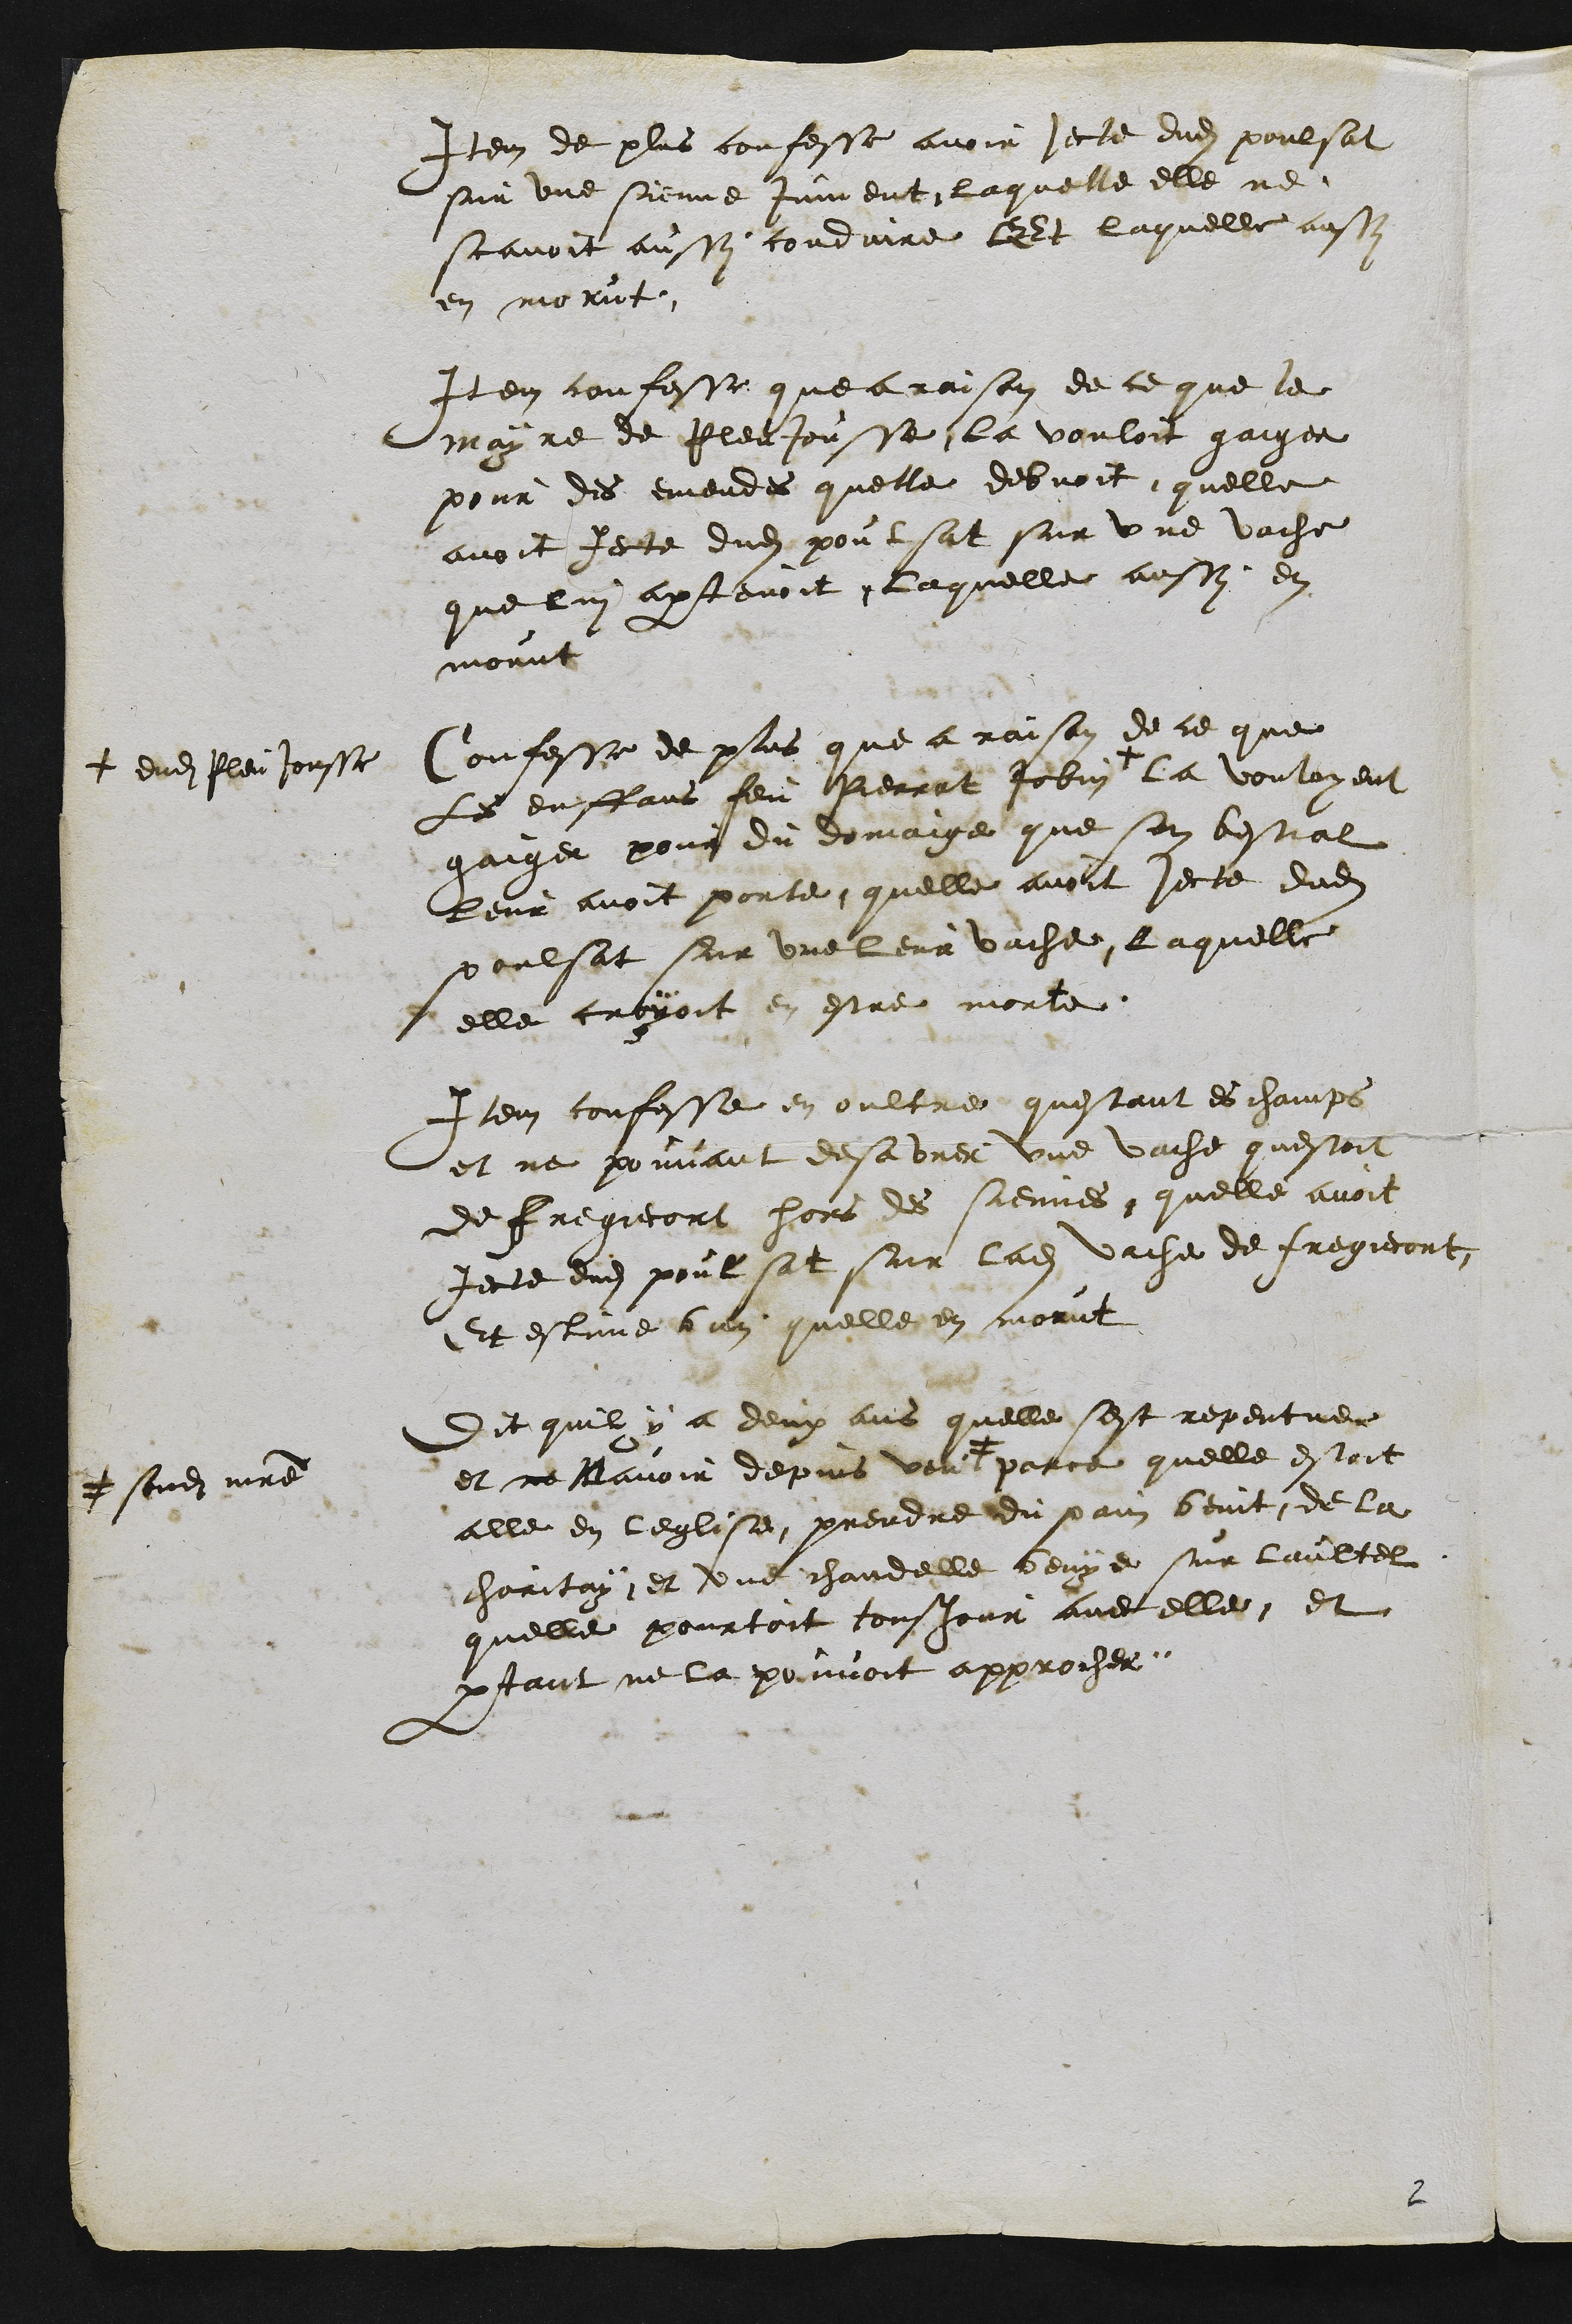
Item de plus confesse avoir jecte dudit poulsat
sur une sieme jument, laquelle elle ne
scavoit aussy conduire Et laquelle aussy
en morut.
Item confesse que a raison de ce que le
mayre de Pleujousse la vouloit gaiger
pour des emendes quelle debvoit quelle
avoit Jecte dudit poulsat sur une vache
que lui apartenoit, Laquelle aussy en
morut
Confesse de plus que a raison de ce que
Les enffans feu Pierrat Jobin +
+ dudit Pleujousse
la vouloyent
gaiger pour du domaige que son bestial
leur avoit porte quelle avoit jecte dudit
poulsat sur une leur vache. Laquelle
elle croyoit en estre morte.
Item confesse en oultre questant es champs
et ne pouvant desavrer une vache questoit
de Fregiecort hors des siennes quelle avoit
jecte dudit poulsat sur ladite vache de Fregiecort
Et estime bien quelle en morut
Dit quil y a deux ans quelle sest repentue
et ne Navoir depuis veut #
# sondit maitre
parce quelle estoit
alle en leglise prendre du pain benit de la
charitay, et une chandelle benye sur laultel
quelle pourtoit tousjour avec elle et
partant ne la pouvoit approcher